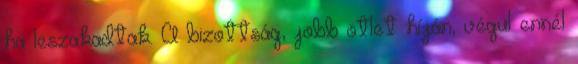
ha leszakadtak. A bizottság, jobb ötlet híján, végül ennél